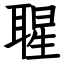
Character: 𦖤